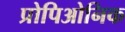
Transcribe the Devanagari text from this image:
प्रोपिओनिक